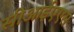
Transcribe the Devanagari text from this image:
सीआईएएस